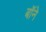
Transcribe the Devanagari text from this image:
बॉने